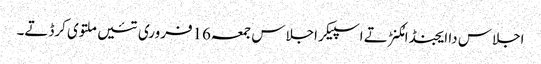
اجلاس دا ایجنڈا مُکنڑ تے اسپیکر اجلاس جمعہ16فروری تئیں ملتوی کرڈتے۔